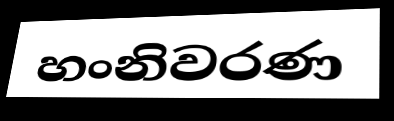
හංනිවරණ